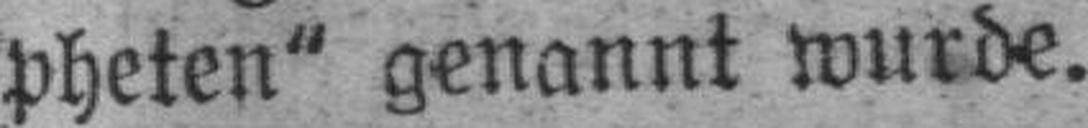
pheten“ genannt wurde.